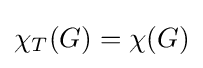
\chi _{T}(G)=\chi (G)